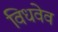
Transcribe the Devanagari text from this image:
विधवेव